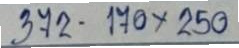
372 - 170x250